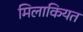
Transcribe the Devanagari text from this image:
मिलाकियत